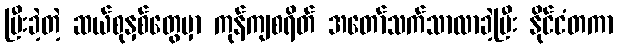
ပြီးခဲ့တဲ့ ဆယ်စုနှစ်တွေမှာ ကုန်ကျစရိတ် အတော်သက်သာလာခဲ့ပြီး နိုင်ငံတကာ